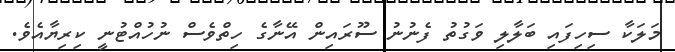
މަލަކާ ސިހިފައި ބަލާލި ވަގުތު ފެނުނު ސޫރައިން އޭނާގެ ހިތްވެސް ނުހުއްޓުނީ ކިރިޔާއެވެ.